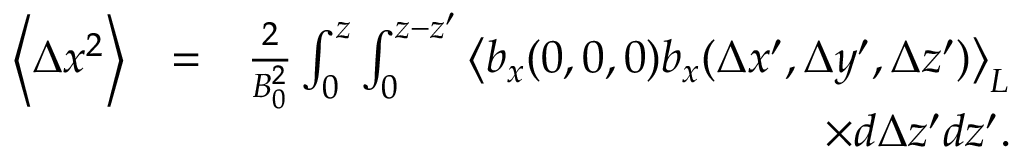
\begin{array} { r l r } { \left\langle \Delta x ^ { 2 } \right\rangle } & { = } & { \frac { 2 } { B _ { 0 } ^ { 2 } } \int _ { 0 } ^ { z } \int _ { 0 } ^ { z - { z } ^ { \prime } } \left\langle b _ { x } ( 0 , 0 , 0 ) b _ { x } ( \Delta x ^ { \prime } , \Delta y ^ { \prime } , \Delta z ^ { \prime } ) \right\rangle _ { L } } \\ & { } & { \times d \Delta z ^ { \prime } d { z } ^ { \prime } . } \end{array}